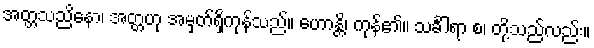
အတ္တသညိနော၊ အတ္တဟု အမှတ်ရှိကုန်သည်။ ဟောန္တိ၊ ကုန်၏။ သင်္ခါရာ စ၊ တို့သည်လည်း။